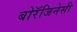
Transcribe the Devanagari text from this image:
बोरॅजिनेसी